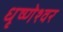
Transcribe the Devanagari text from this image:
धृष्णेश्वर